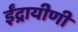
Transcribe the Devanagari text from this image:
ईंद्रायीणी